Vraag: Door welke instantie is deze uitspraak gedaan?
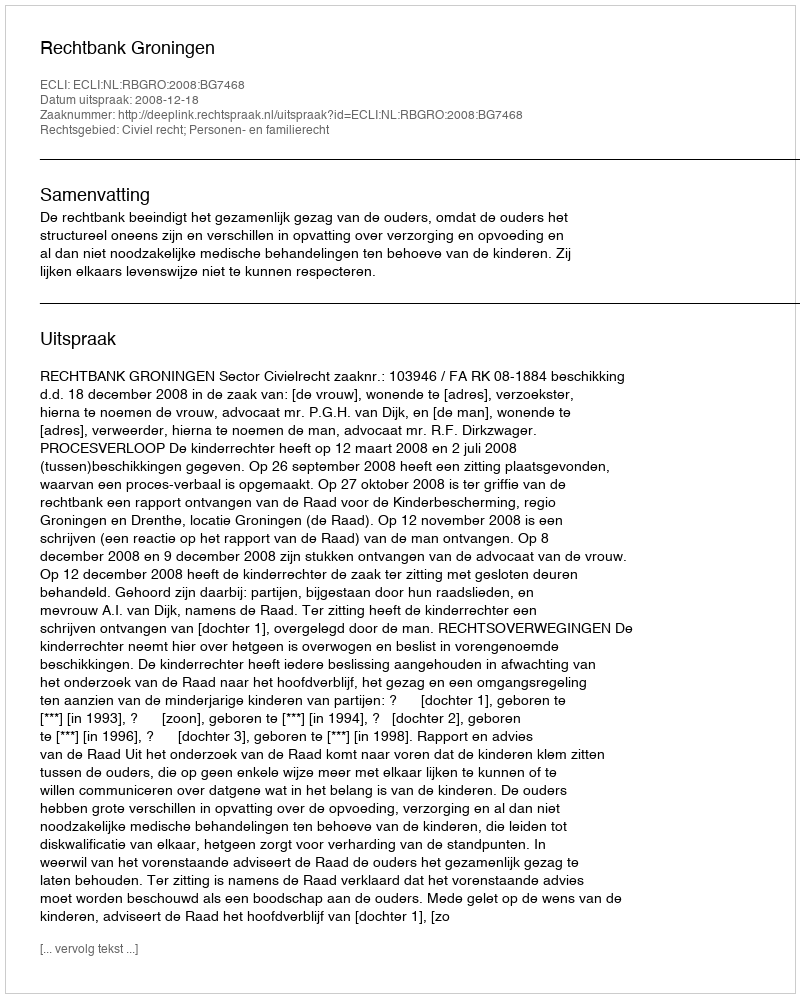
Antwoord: Rechtbank Groningen